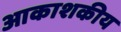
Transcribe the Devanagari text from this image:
आकाशकीय